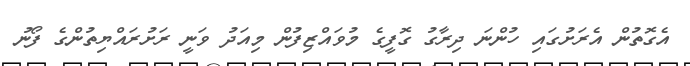
އެގޮތުން އެރަށުގައި ހުންނަ ދިރާގު ގޮފީގެ މުވައްޒިފުން މިއަދު ވަނީ ރަށުރައްޔިތުންގެ ފޯނު